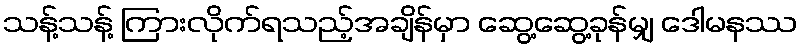
သန့်သန့် ကြားလိုက်ရသည့်အချိန်မှာ ဆွေ့ဆွေ့ခုန်မျှ ဒေါမနဿ